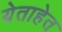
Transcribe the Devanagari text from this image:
येताहेत